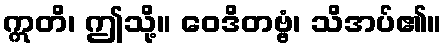
ဣတိ၊ ဤသို့။ ဝေဒိတဗ္ဗံ၊ သိအပ်၏။